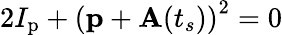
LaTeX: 2I_{\mathrm{p}}+\left(\mathbf{p}+\mathbf{A}(t_{s})\right)^{2}=0